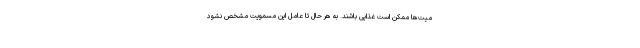
میت‌ها ممکن است غذایی باشند. به هر حال تا عامل این مسمویت مشخص نشود